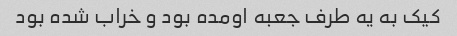
کیک به یه طرف جعبه اومده بود و خراب شده بود